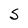
Character: S